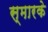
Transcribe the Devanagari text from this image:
स्‍मारके